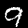
Digit: 9